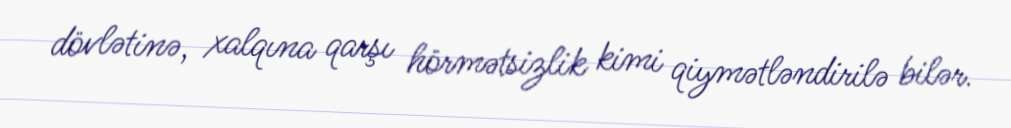
dövlətinə, xalqına qarşı hörmətsizlik kimi qiymətləndirilə bilər.